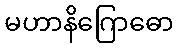
မဟာနိဂြောဓော